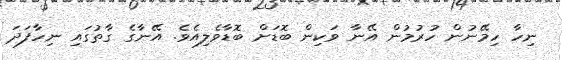
ނިހާ ހިމޭނުން ހުރުމުން އޭނާ ވަކިން ބޮޑަށް ބޮޑާވެލިއެވެ. އޭނާގެ ގާތުގައި ނިހާފަދަ